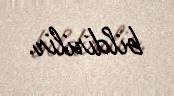
bildirilir.